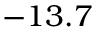
- 1 3 . 7